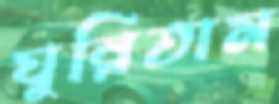
ঘুরিতাম